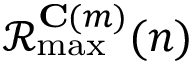
\mathcal { R } _ { \operatorname* { m a x } } ^ { \mathbf { C } ( m ) } ( n )